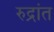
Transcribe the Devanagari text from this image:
रुद्रांत